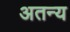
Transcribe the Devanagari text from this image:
अतन्य